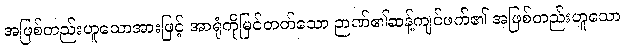
အဖြစ်တည်းဟူသောအားဖြင့် အာရုံကိုမြင်တတ်သော ဉာဏ်၏ဆန့်ကျင်ဖက်၏ အဖြစ်တည်းဟူသော